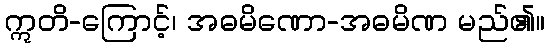
ဣတိ-ကြောင့်၊ အဓမိဏော-အဓမိဏ မည်၏။